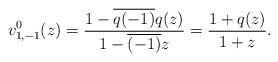
LaTeX: \begin{align*} v_{1,-1}^0(z)=\frac{1-\overline{q(-1)}q(z)}{1-\overline{(-1)}z}=\frac{1+q(z)}{1+z}. \end{align*}